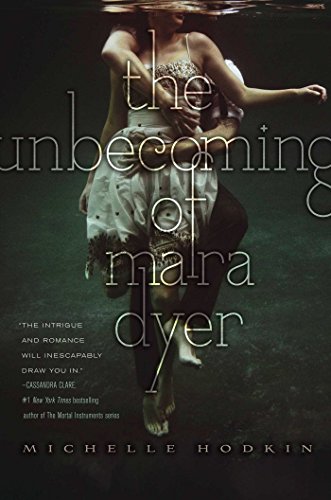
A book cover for The Unbecoming of Mara Dyer (The Mara Dyer Trilogy); Michelle Hodkin; Teen & Young Adult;